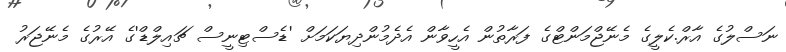
ނަސްލުގެ އާރް.ކެލީގެ މެނޭޖްމަންޓްގެ ފަރާތުން އެހީވާން އެދެމުންދިޔަކަމަށް 'ޑެސްޓިނީސް ޗައިލްޑް'ގެ އޭރުގެ މެނޭޖަރު